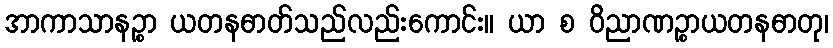
အာကာသာနဉ္စာ ယတနဓာတ်သည်လည်းကောင်း။ ယာ စ ဝိညာဏဉ္စာယတနဓာတု၊